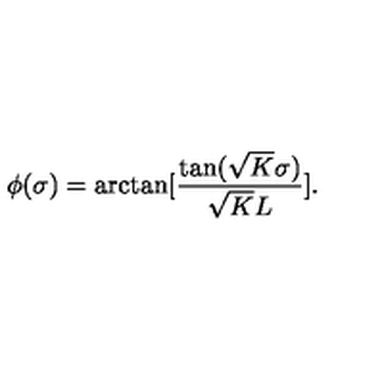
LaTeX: \phi ( \sigma ) = \arctan [ \frac { \tan ( \sqrt { K } \sigma ) } { \sqrt { K } L } ] .